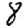
Digit: 8